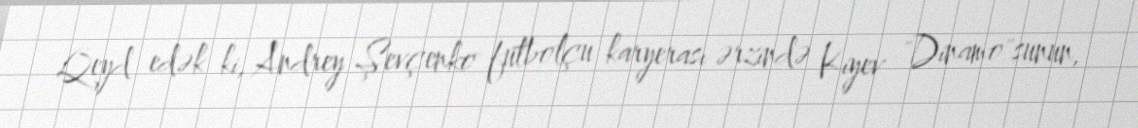
Qeyd edək ki, Andrey Şevçenko futbolçu karyerası ərzində Kiyev "Dinamo"sunun,